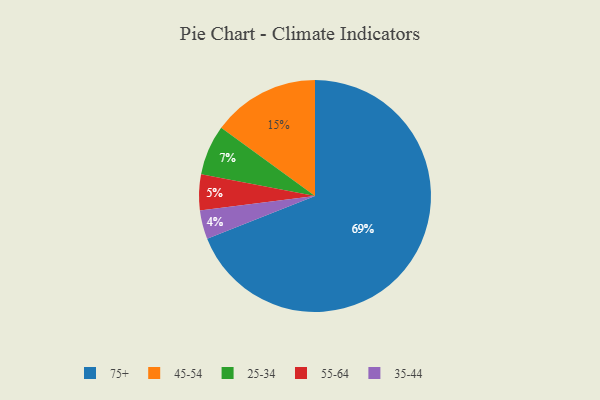
{"axis": {"x": "Category", "y": "Percentage"}, "legend": ["25-34", "35-44", "45-54", "55-64", "75+"], "data": [{"x": "25-34", "y": 7, "type": "25-34"}, {"x": "45-54", "y": 15, "type": "45-54"}, {"x": "55-64", "y": 5, "type": "55-64"}, {"x": "75+", "y": 69, "type": "75+"}, {"x": "35-44", "y": 4, "type": "35-44"}]}